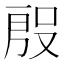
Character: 𭮱